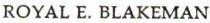
ROYAL E. BLAKEMAN